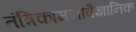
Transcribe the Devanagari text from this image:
तंत्रिकामनोवैज्ञानिक